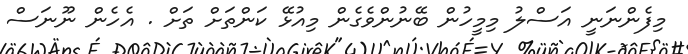
މިފެންނަނީ އަސްލު މިމީހުން ބޭނުންވެގެން މިއުޅޭ ކަންތަށް ތަށް . އެހެން ނޫނަސް